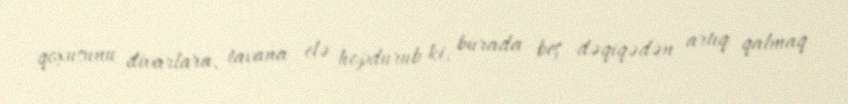
qoxusunu divarlara, tavana elə hopdurub ki, burada beş dəqiqədən artıq qalmaq